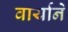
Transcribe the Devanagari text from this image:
वार्याने